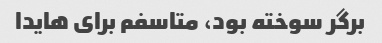
برگر سوخته بود، متاسفم برای هایدا